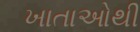
ખાતાઓથી